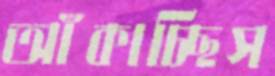
আঁকাচ্ছিস